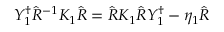
Y _ { 1 } ^ { \dagger } \hat { R } ^ { - 1 } K _ { 1 } \hat { R } = \hat { R } K _ { 1 } \hat { R } Y _ { 1 } ^ { \dagger } - \eta _ { 1 } \hat { R }